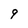
Character: 9